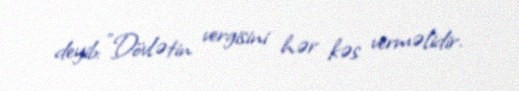
deyib: "Dövlətin vergisini hər kəs verməlidir.